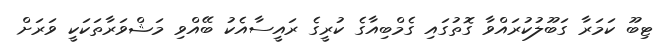
ޓިބޫ ކަމަރާ ގަބޫލުކުރައްވާ ގޮތުގައި ގެމްބިއާގެ ކުރީގެ ރައީސާއެކު ބޭއްވި މަޝްވަރާތަކަކީ ވަރަށް